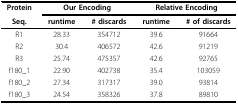
| Protein | <COLSPAN=2> Our Encoding | <COLSPAN=2> Relative Encoding |
 | Seq. | runtime | # discards | runtime | # of discards |
 | --- | --- | --- | --- | --- |
 | R1 | 28.33 | 354712 | 39.6 | 91664 |
 | R2 | 30.4 | 406572 | 42.6 | 91219 |
 | R3 | 25.74 | 475357 | 42.6 | 92765 |
 | f180_1 | 22.90 | 402738 | 35.4 | 103059 |
 | f180_2 | 27.34 | 317317 | 39.0 | 93814 |
 | f180_3 | 24.54 | 358326 | 37.8 | 89810 |